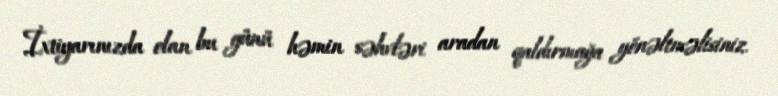
İxtiyarınızda olan bu günü həmin səhvləri aradan qaldırmağa yönəltməlisiniz.